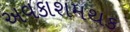
અવકાશમથક